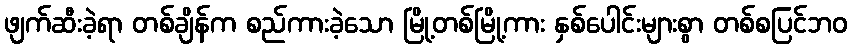
ဖျက်ဆီးခဲ့ရာ တစ်ချိန်က စည်ကားခဲ့သော မြို့တစ်မြို့ကား နှစ်ပေါင်းများစွာ တစ်စပြင်ဘဝ